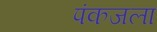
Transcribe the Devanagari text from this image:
पंकजला